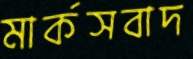
মার্কসবাদ